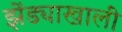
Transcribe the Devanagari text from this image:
झेंड्याखालीं